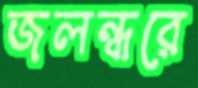
জলন্ধরে